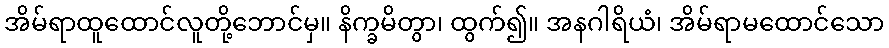
အိမ်ရာထူထောင်လူတို့ဘောင်မှ။ နိက္ခမိတွာ၊ ထွက်၍။ အနဂါရိယံ၊ အိမ်ရာမထောင်သော